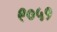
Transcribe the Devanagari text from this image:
९०५१